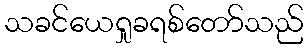
သခင်ယေရှုခရစ်တော်သည်